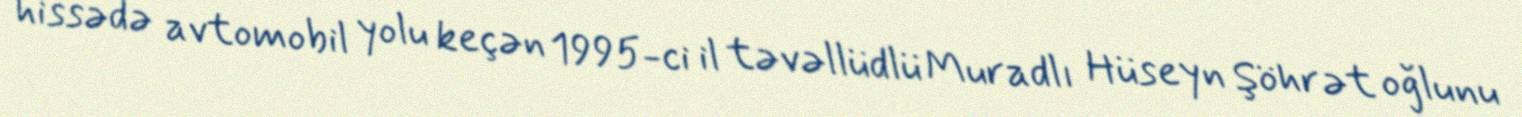
hissədə avtomobil yolu keçən 1995-ci il təvəllüdlü Muradlı Hüseyn Şöhrət oğlunu